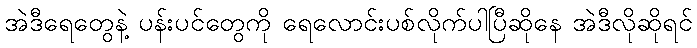
အဲဒီရေတွေနဲ့ ပန်းပင်တွေကို ရေလောင်းပစ်လိုက်ပါပြီဆိုနေ အဲဒီလိုဆိုရင်